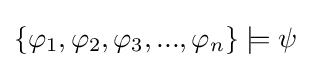
\{\varphi _{1},\varphi _{2},\varphi _{3},...,\varphi _{n}\}\models \psi